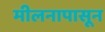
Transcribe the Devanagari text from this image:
मीलनापासून